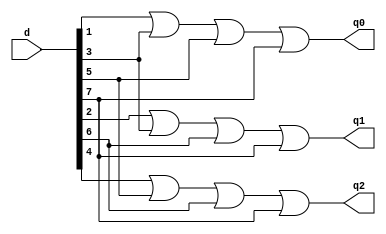
module eight_to_3_encoder(q0,q1,q2,d);
  input [7:0]d;
  output q0,q1,q2;
  or (q0,d[1],d[3],d[5],d[7]);
  or (q1,d[2],d[3],d[6],d[7]);
  or (q2,d[4],d[5],d[6],d[7]);
endmodule